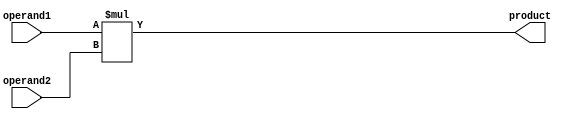
module Signed_Multiplier(
    input signed [7:0] operand1,
    input signed [7:0] operand2,
    output reg signed [15:0] product
);

// code for signed multiplier
always @(*) begin
    product = operand1 * operand2;
end

endmodule